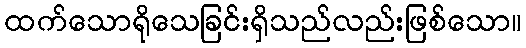
ထက်သောရိုသေခြင်းရှိသည်လည်းဖြစ်သော။